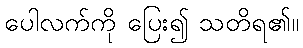
ပေါလက်ကို ပြေး၍ သတိရ၏။